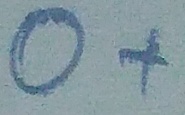
Text: O+